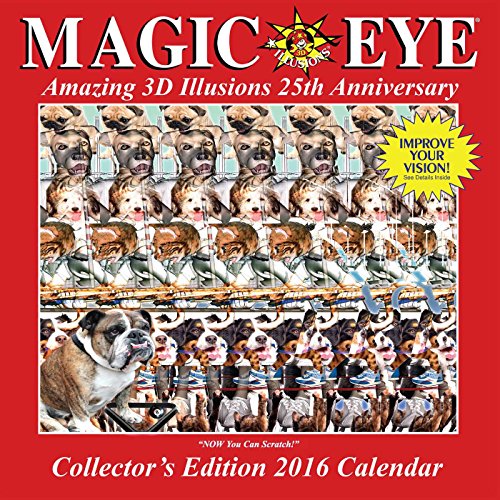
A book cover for Magic Eye 2016 Wall Calendar; Magic Eye Inc.; Calendars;